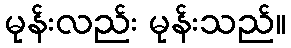
မုန်းလည်း မုန်းသည်။